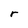
Character: r